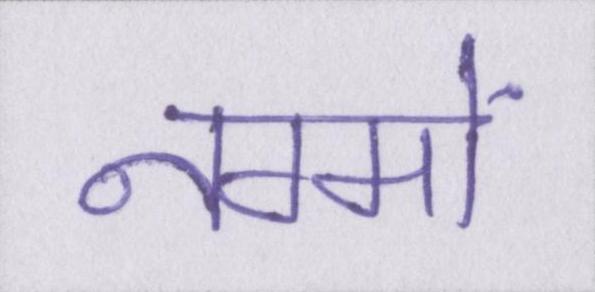
नग्मों